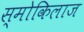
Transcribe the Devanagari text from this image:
स्मोकिलाज